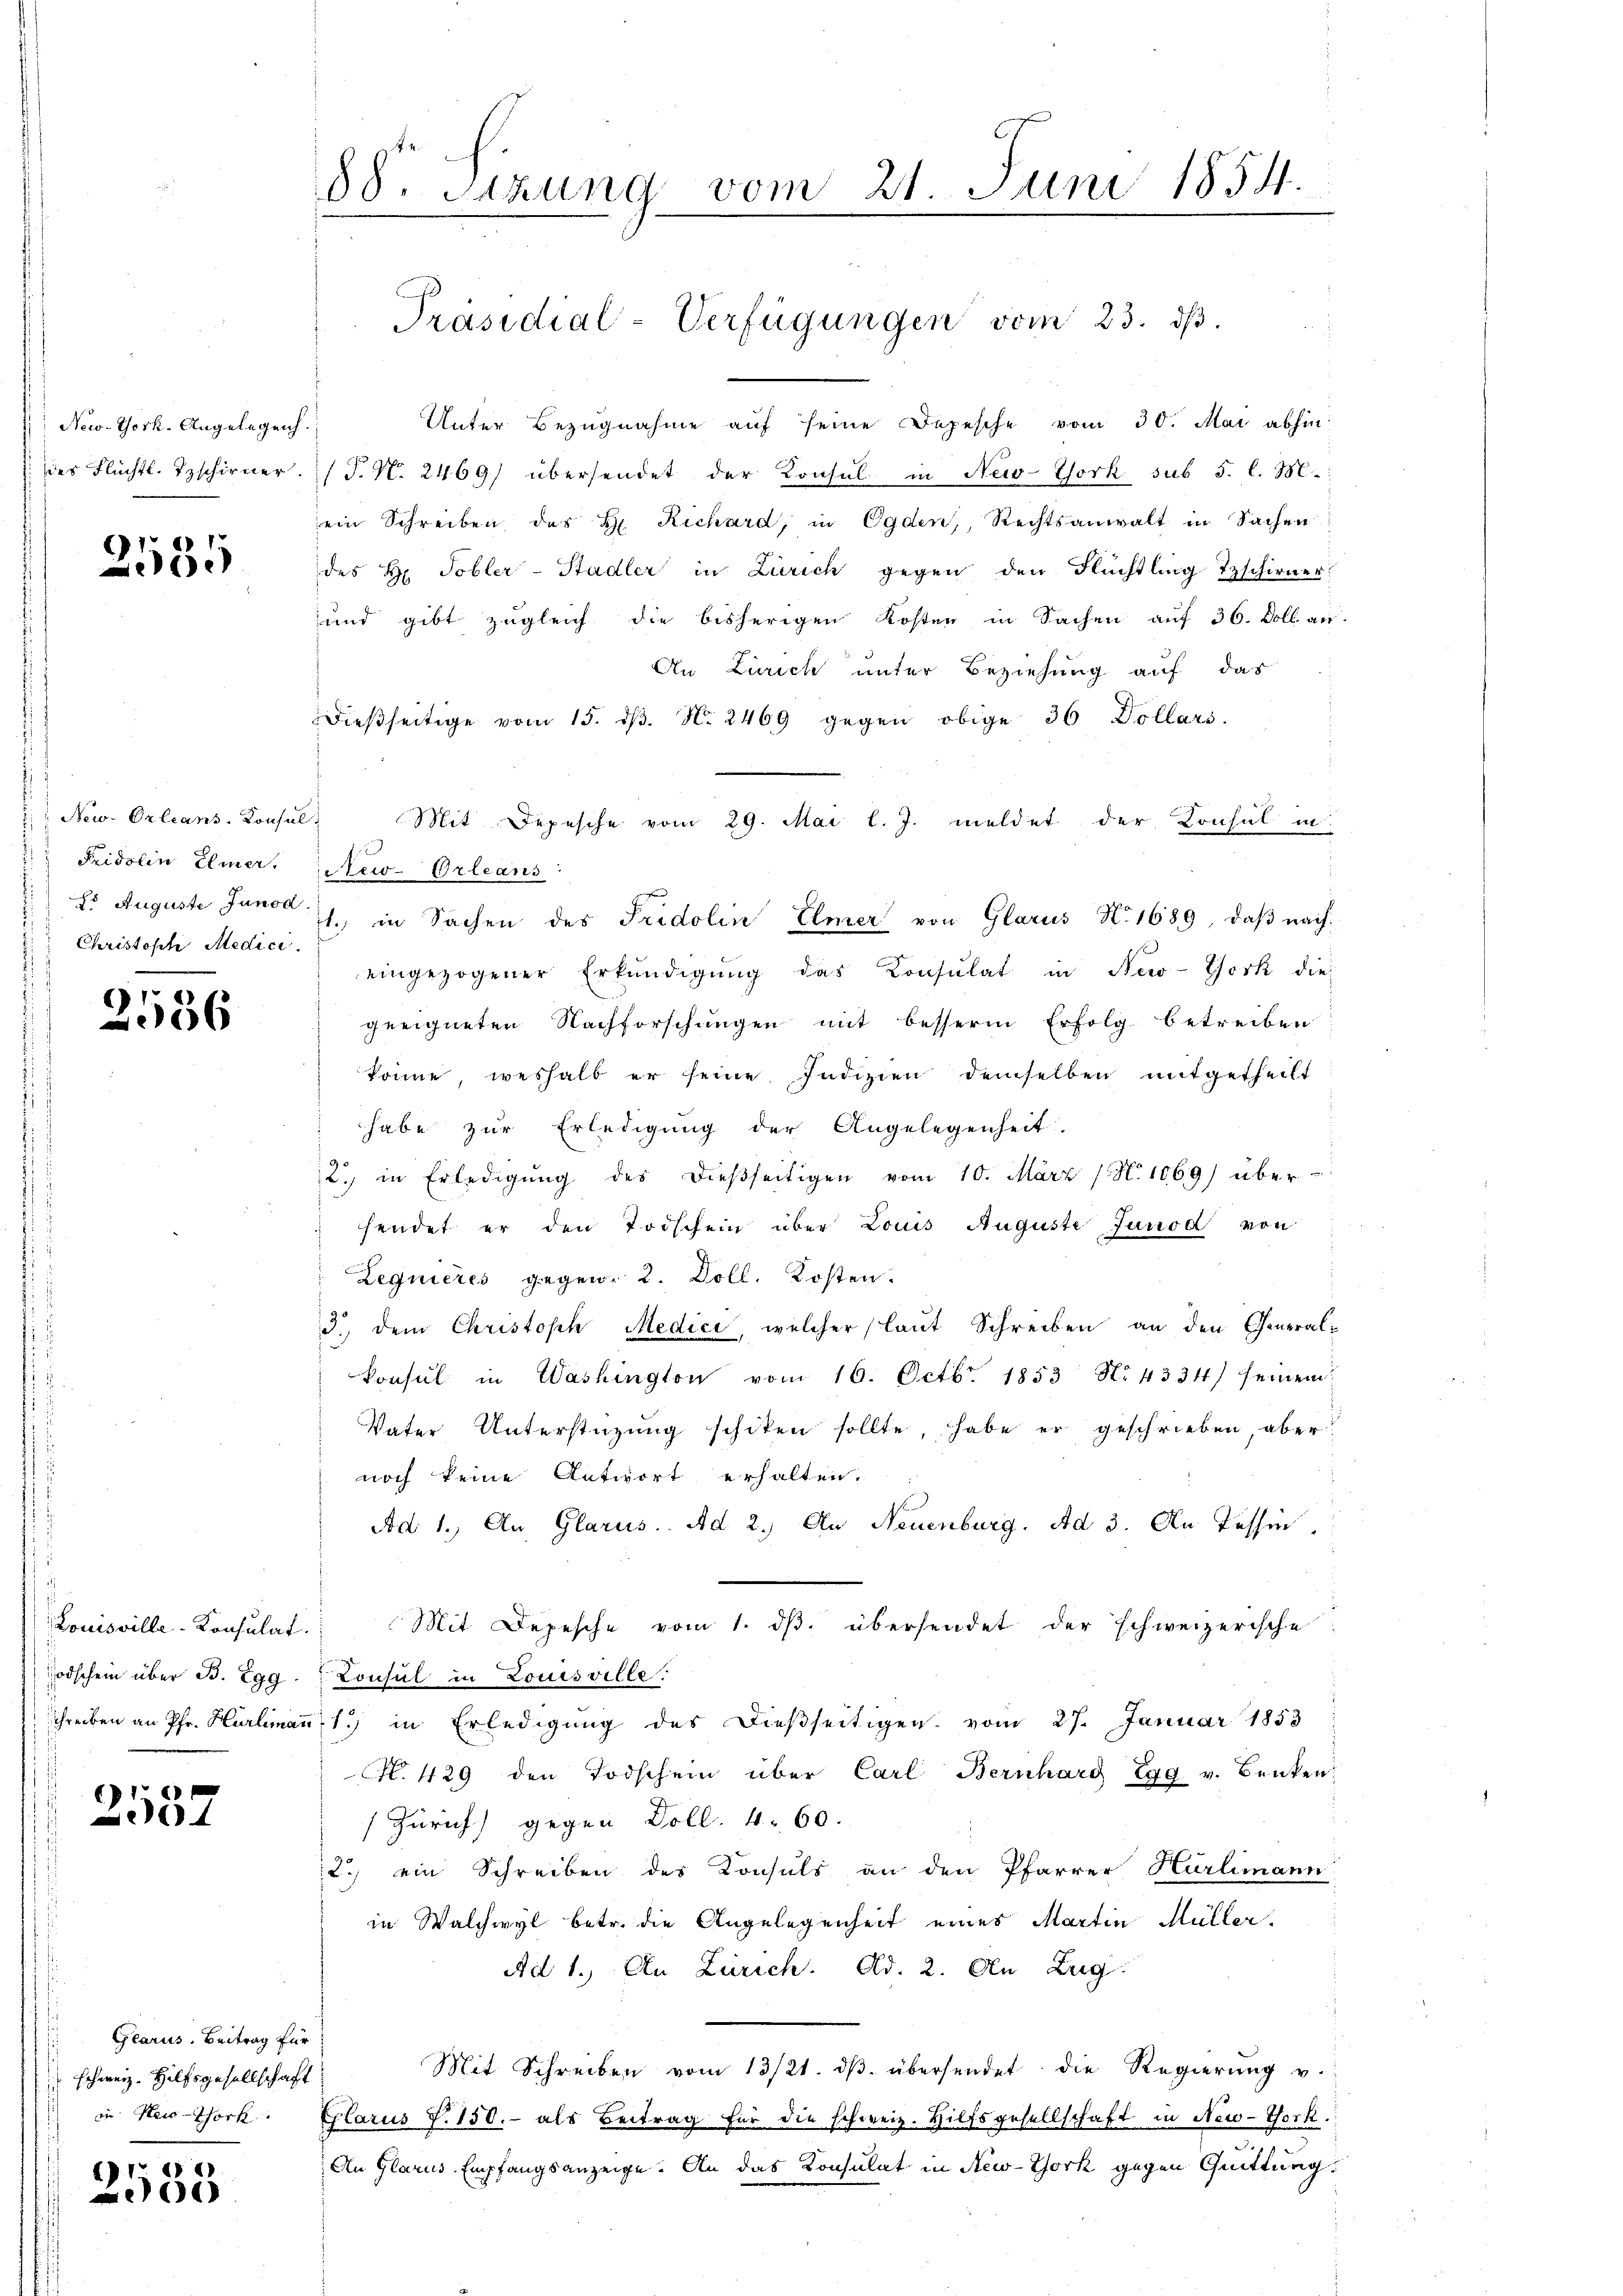
New-York Angelegenh
des Flüchtl. Tschirner.

2535

Now. Orleans. Konsul,
Fridolin Elmer.
Christoph Medici

2536

Louisville-Konsulat
Todschein über B. Egg
sSchreiben an Pfr. Hürlimann

2557

Glarus. Beitrag für
schweiz. Hilfsgesellschaft
in New-Thock.

Er
)

88. Sitzung vom 21. Juni 1854.

Unter Bezugnahme auf seine Depesche vom 30. Mai abhin
T. N. 2469) übersendet der Konsul in New-York sub 5. l. M.
ein Schreiben des H. Richard, in Egden,, Rechtsanwalt in Sachen
des H. Tobler-Stadler in Zürich gegen den Flüchtling Tschirner
und gibt zugleich die bisherigen Kosten in Sachen auf 36. Doll an.
An Zürich unter Beziehung auf das
Dieβseitige vom 15. dβ. N. 2469 gegen obige 36 Dollars.
Mit Depesche vom 29. Mai l. J. meldet der Konsul in
New-Orleans
E. Auguste Juno s. in Sachen des Fridolin Elmer von Glarus No 1689, daβ nach
eingezogener Erkundigung das Konsulat in New-York die
geeigneten Nachforschungen mit besserm Erfolg betreiben
könne, weshalb er seine Indizien demselben mitgetheilt
habe zur Erledigung der Angelegenheit
2. in Erledigung des dießseitigen vom 10. März (N. 1069) über-
sendet er den Todschein über Louis Auguste Junod von
Legnieres gegen 2. Doll. Kosten.
3.) dem Christoph Medici, welcher (laut Schreiben an den Generalkonsul in Washington vom 16. Octbr. 1853 No 43311) seinem
Vater Unterstüzung schiken sollte, habe er geschrieben, aber
noch keine Antwort erhalten.
Ad 1., Au, Glarus. Ad 2. An Neuenburg. Ad 3. An Tessin.
Mit Depesche vom 1. ds. übersendet der schweizerische
Consul in Louisville.
1) in Erledigung des dießseitigen vom 27. Januar 1853
N. 429 den Todschein über Carl Bernhard Egg v. Benken:
(Zürich) gegen Doll. 4. 60.
2.) ein Schreiben des Konsuls an den Pfarrer Hürlimann
in Walchwyl betr. die Angelegenheit eines Martin Müller.
Ad 1. An Zürich. Ad. 2. An Zug
Mit Schreiben vom 13/21. dβ übersendet die Regierŭng v.
Glarus S. 150.- als Beitrag für die schweiz. Hilfsgesellschaft in New-York.
An Glarus Empfangsanzeige. An das Konsulat in New-York gegen Quittung.

Präsidial-Verfügungen vom 23. ds.